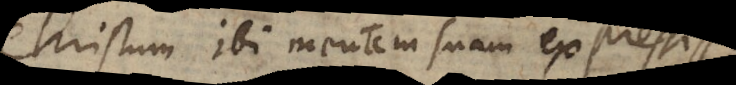
Christum ibi mentem suam expressisse